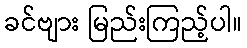
ခင်ဗျား မြည်းကြည့်ပါ။